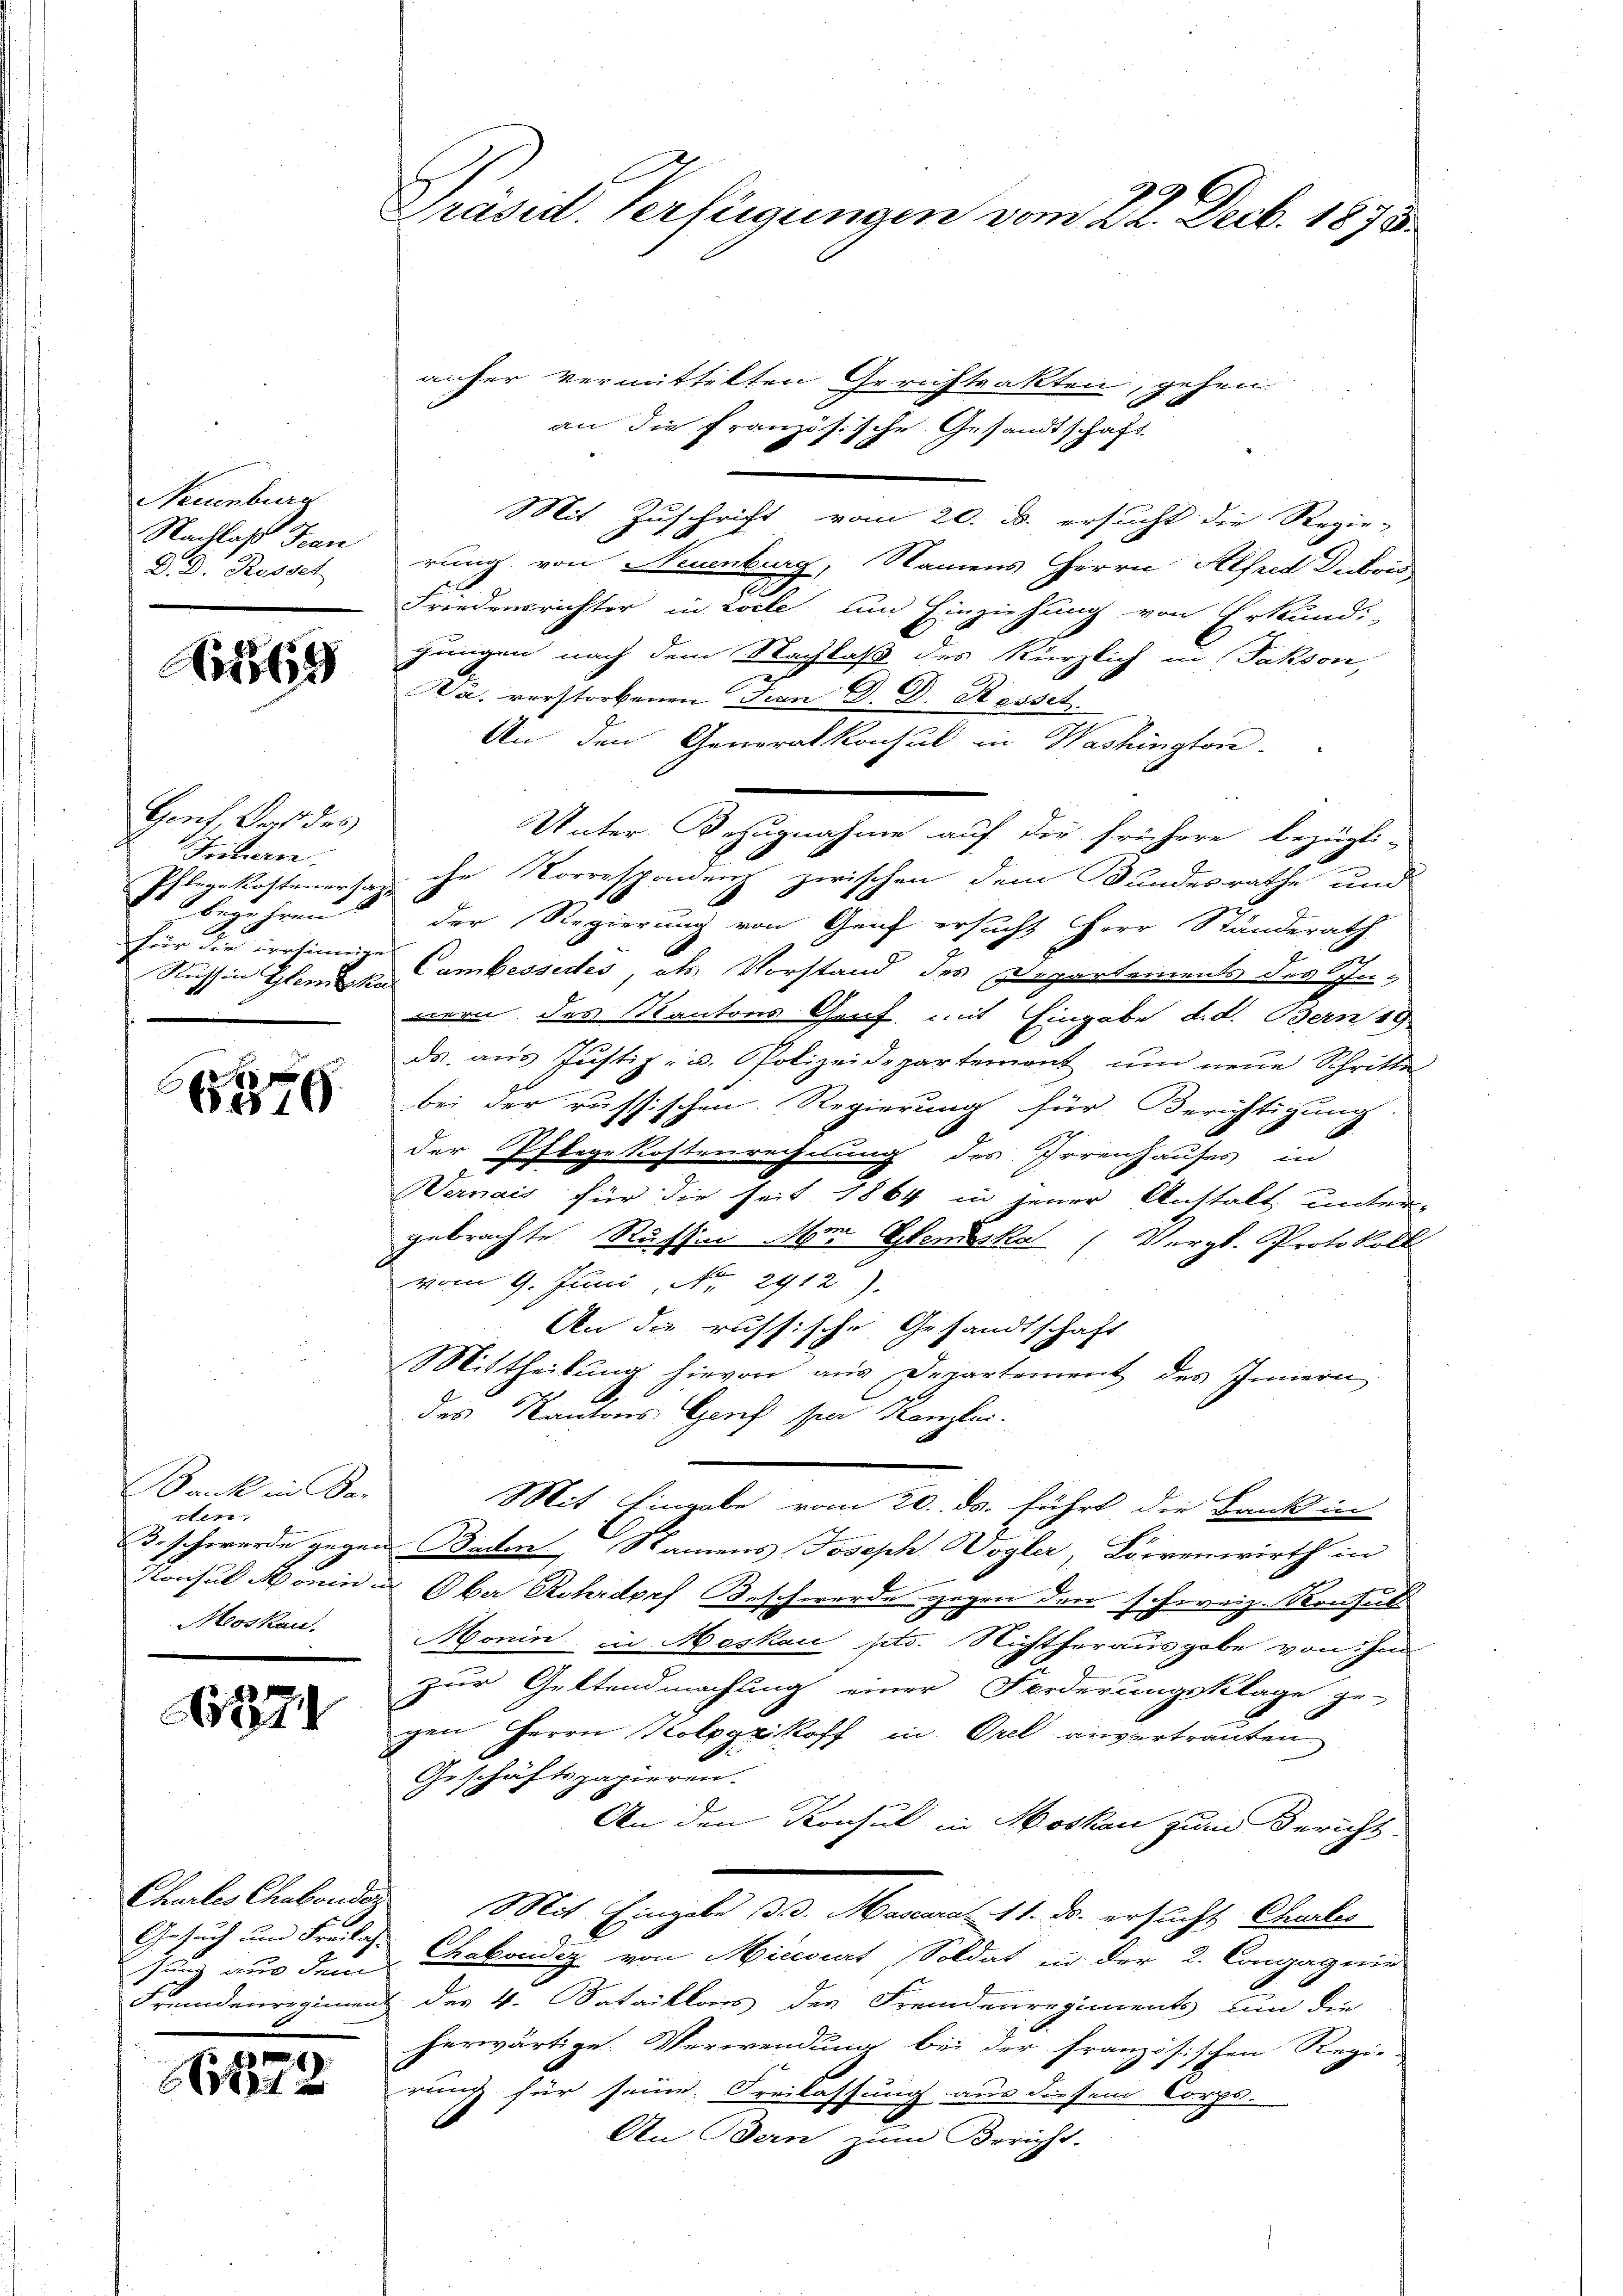
Neuenburg
Nachlaß den
D. D. Russet

A69

Genf, Bart des
Intern
begehren.
für die versinnige

6379

Bank in Dar
den,
Beschwerde gegen
Moskau

1321

Churlis Chabonder
.
1 aus dem

A

2.

Präsid. Verfügungen vom 22. Decb. 1875.

anher vermittelten Gerichtsakten, gehen.
an die französische Gesandtschaft
Mit Zuschricht vom 20. B. ersucht die Regie- |
rung von Neuenburg, Namens Herrn Alfred Deckow
Friedensrichter in wolle und Einziehung von Erkundi-
hungen nach dem Nachlaß des kürzlich in Fakson,
Na. verstorbenen Dian D. D. Resset.
An den Generalkonsul in Washington.
Unter Bezugnahme auf die frühere bezügli-
Pflegekostenersage ihr Korrespondenz zwischen dem Bundesrathe und
der Regierung von Genf ersucht Herr Standerath
Russin Gleich am bessedes, als Vorstand des Departements der Genern des Kantons Genf, mit Eingabe d. d. Bern 18
ds, aus Justiz- u. Polizeidepartement, und neue Schritte
bei der russischen Regierung für Berichtigung.
der Pflegekostenrechnung des Irrenhauses in
Wermais für die seit 1864 in jener Anstalt unter-
gebrachte Russin Mer Glendeska (Vergl. Protokoll
vom 9. Juni, No. 2912).
An die russische Gesandtschaft
Mittheilung hievon aus Departement des Innern
des Kantons Genf sei Kanzlei.
Mit Eingabe vom 20. ds. führt die Bank in
Baden Namens Joseph Wogler, Löwenwirth in
Konsul Honin u. Ober Rohrdprf. Beschwerde gegen den schweiz. Konsult
Monin in Moskau ptr. Nichtherausgabe von Ind
zur Geltendmachung einer Forderungsklage ge-
gen Herrn Kolpgzkoff in Orel anvertrauten
Geschäftspapieren.
An den Konsul in Moskau zum Bericht.
Mit Eingabe d. d. Mascaral 11. ds. ersucht Churlis
Gesuch und Freilis Chabondiz von Micidirt, Soldat in der 2. Congagirin
Fremdenregiment der 4. Sataillons der Fremdenregiments un die
herwärtige Verwendung bei der französischen Regierung für seine Freilassung aus diesem Corps.
An Bern zum Bericht.